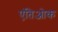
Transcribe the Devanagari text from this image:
एंतिओक